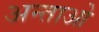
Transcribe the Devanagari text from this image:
अन्ताओ